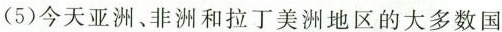
(5)今天亚洲、非洲和拉丁美洲地区的大多数国